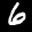
Label: 6